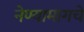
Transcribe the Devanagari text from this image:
नेण्यामागचे